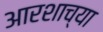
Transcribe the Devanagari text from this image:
आरशाच्या